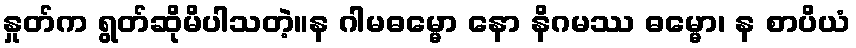
နှုတ်က ရွတ်ဆိုမိပါသတဲ့။န ဂါမဓမ္မော နော နိဂမဿ ဓမ္မော၊ န စာပိယံ